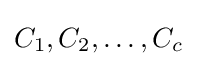
C_{1},C_{2},\dots ,C_{c}